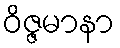
ဝိဇ္ဇမာနာ